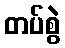
တပ်စွဲ